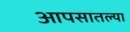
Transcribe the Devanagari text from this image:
आपसातल्या